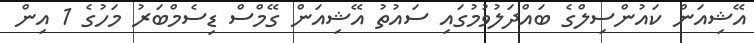
އޭޝިއަން ކައުންސިލްގެ ބައްދަލުވުމުގައި ސައުތު އޭޝިއަން ގޭމްސް ޑިސެމްބަރު މަހުގެ 1 އިން